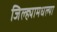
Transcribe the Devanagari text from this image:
जिल्ह्यामधल्या